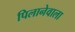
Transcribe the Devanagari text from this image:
पिलानेवाला